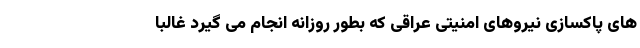
های پاکسازی نیروهای امنیتی عراقی که بطور روزانه انجام می گیرد غالبا